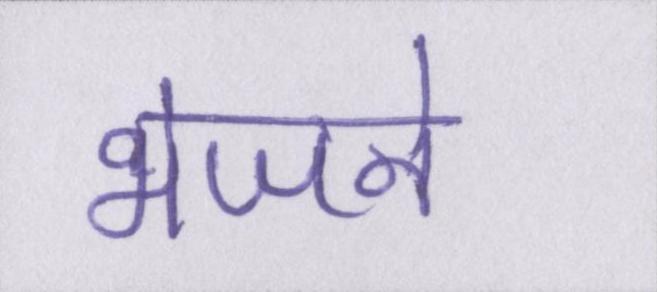
भेजने